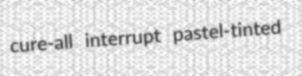
cure-all interrupt pastel-tinted